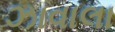
ઝાવાલા